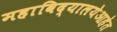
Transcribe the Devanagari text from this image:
महाविद्यालयेआहेत